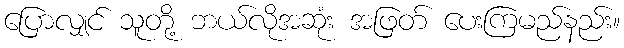
ပြောလျှင် သူတို့ ဘယ်လိုအဆုံး အဖြတ် ပေးကြမည်နည်း။